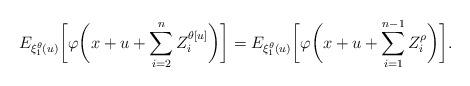
LaTeX: \begin{align*}E_{\xi_1^\theta(u)}\biggl[\varphi\biggl(x+u+\sum_{i=2}^{n} Z_i^{\theta[u]}\biggr)\biggr]=E_{\xi_1^\theta(u)}\biggl[\varphi\biggl(x+u+\sum_{i=1}^{n-1} Z_i^{\rho}\biggr)\biggr].\end{align*}